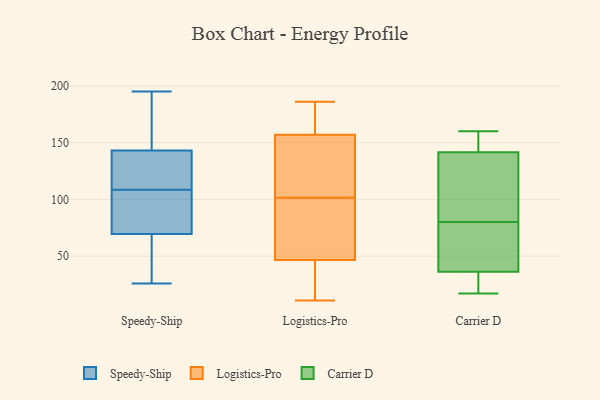
{"axis": {"x": "Waste Production (Tons)", "y": "Value"}, "legend": ["Carrier D", "Logistics-Pro", "Speedy-Ship"], "data": [{"x": "", "y": 41, "type": "Speedy-Ship"}, {"x": "", "y": 99, "type": "Speedy-Ship"}, {"x": "", "y": 26, "type": "Speedy-Ship"}, {"x": "", "y": 148, "type": "Speedy-Ship"}, {"x": "", "y": 107, "type": "Speedy-Ship"}, {"x": "", "y": 86, "type": "Speedy-Ship"}, {"x": "", "y": 138, "type": "Speedy-Ship"}, {"x": "", "y": 173, "type": "Speedy-Ship"}, {"x": "", "y": 128, "type": "Speedy-Ship"}, {"x": "", "y": 110, "type": "Speedy-Ship"}, {"x": "", "y": 70, "type": "Speedy-Ship"}, {"x": "", "y": 195, "type": "Speedy-Ship"}, {"x": "", "y": 69, "type": "Speedy-Ship"}, {"x": "", "y": 132, "type": "Speedy-Ship"}, {"x": "", "y": 37, "type": "Speedy-Ship"}, {"x": "", "y": 126, "type": "Speedy-Ship"}, {"x": "", "y": 169, "type": "Speedy-Ship"}, {"x": "", "y": 76, "type": "Speedy-Ship"}, {"x": "", "y": 148, "type": "Speedy-Ship"}, {"x": "", "y": 41, "type": "Speedy-Ship"}, {"x": "", "y": 131, "type": "Logistics-Pro"}, {"x": "", "y": 68, "type": "Logistics-Pro"}, {"x": "", "y": 183, "type": "Logistics-Pro"}, {"x": "", "y": 48, "type": "Logistics-Pro"}, {"x": "", "y": 44, "type": "Logistics-Pro"}, {"x": "", "y": 144, "type": "Logistics-Pro"}, {"x": "", "y": 170, "type": "Logistics-Pro"}, {"x": "", "y": 108, "type": "Logistics-Pro"}, {"x": "", "y": 11, "type": "Logistics-Pro"}, {"x": "", "y": 186, "type": "Logistics-Pro"}, {"x": "", "y": 12, "type": "Logistics-Pro"}, {"x": "", "y": 95, "type": "Logistics-Pro"}, {"x": "", "y": 70, "type": "Logistics-Pro"}, {"x": "", "y": 121, "type": "Logistics-Pro"}, {"x": "", "y": 182, "type": "Logistics-Pro"}, {"x": "", "y": 38, "type": "Logistics-Pro"}, {"x": "", "y": 179, "type": "Logistics-Pro"}, {"x": "", "y": 87, "type": "Logistics-Pro"}, {"x": "", "y": 117, "type": "Logistics-Pro"}, {"x": "", "y": 45, "type": "Logistics-Pro"}, {"x": "", "y": 160, "type": "Carrier D"}, {"x": "", "y": 157, "type": "Carrier D"}, {"x": "", "y": 80, "type": "Carrier D"}, {"x": "", "y": 65, "type": "Carrier D"}, {"x": "", "y": 134, "type": "Carrier D"}, {"x": "", "y": 18, "type": "Carrier D"}, {"x": "", "y": 34, "type": "Carrier D"}, {"x": "", "y": 144, "type": "Carrier D"}, {"x": "", "y": 17, "type": "Carrier D"}, {"x": "", "y": 108, "type": "Carrier D"}, {"x": "", "y": 43, "type": "Carrier D"}]}